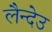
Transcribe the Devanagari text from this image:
लैन्देउ